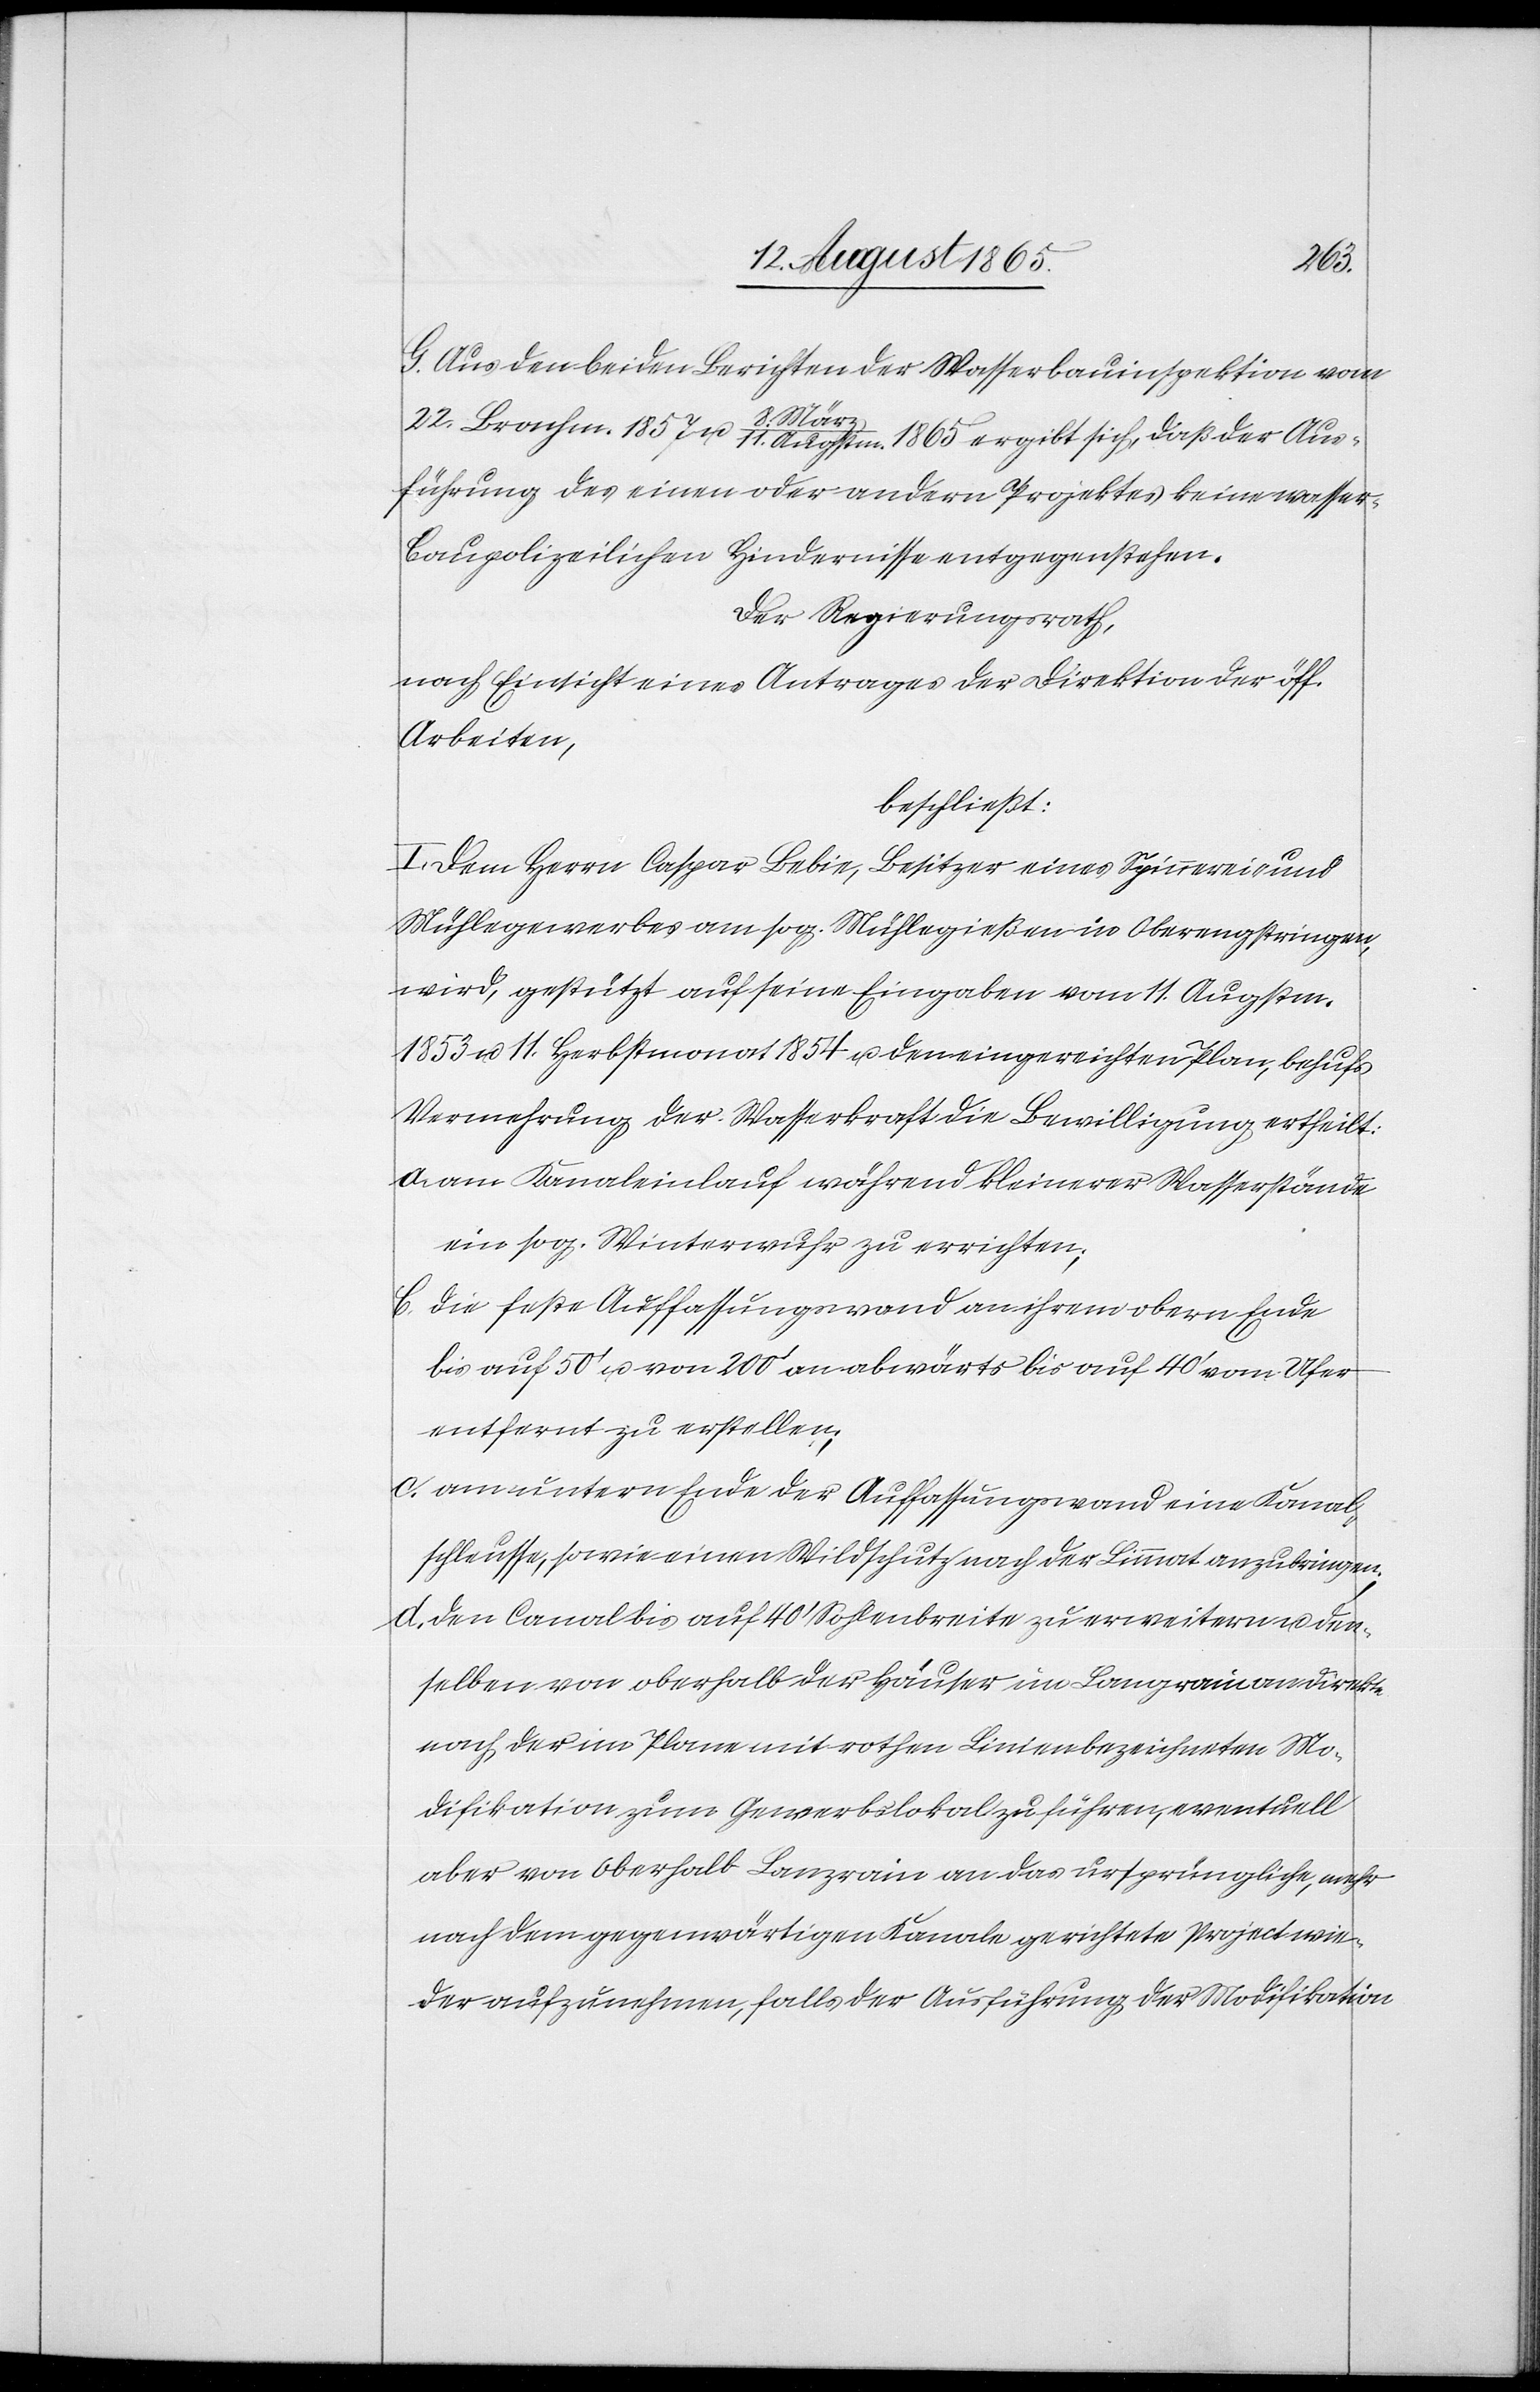
G. Aus den beiden Berichten der Wasserbauinspektion vom
22. Brachm. 1857 u. 8. März/11 Augstm. 1865 ergibt sich, daß der Aus¬
führung des einen oder andern Projektes keine wasser¬
baupolizeilichen Hindernisse entgegenstehen.
Der Regierungsrath,
nach Einsicht eines Antrages der Direktion der öff.
Arbeiten,
beschließt:
I. Dem Herrn Caspar Bebie, Besitzer eines Spinnerei- und
Mühlegewerbes am sog. Mühlegießen in Oberengstringen,
wird, gestützt auf seine Eingaben vom 11. Augstm.
1853 u. 11. Herbstmonat 1854 u. den eingereichten Plan, behufs
Vermehrung der Wasserkraft die Bewilligung ertheilt:
a. am Kanaleinlauf während kleinerer Wasserstände
eine sog. Winterwuhr zu errichten;
b. die feste Auffassungswand an ihrem obern Ende
bis auf 50’ u. von 200’ an abwärts bis auf 40’ vom Ufer
entfernt zu erstellen;
c. am untern Ende der Auffassungswand eine Kanal¬
schleusse, sowie einen Wildschutz nach der Limmat anzubringen;
d. den Canal bis auf 40’ Sohlenbreite zu erweitern u. den¬
selben von oberhalb der Häuser im Langrain an direkte
nach der im Plane mit rothen Linien bezeichneten Mo¬
difikation zum Gewerbslokal zu führen, eventuell
aber von Oberhalb Lanzrain [sic!] an das ursprüngliche, mehr
nach dem gegenwärtigen Kanale gerichtete Project wie¬
der aufzunehmen, falls der Ausführung der Modifikation